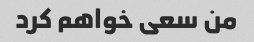
من سعی خواهم کرد